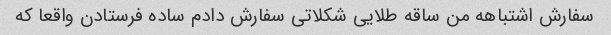
سفارش اشتباهه من ساقه طلایی شکلاتی سفارش دادم ساده فرستادن واقعا که